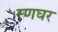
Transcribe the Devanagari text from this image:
रणघर